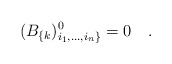
\begin{align*}(B_{\{k})^0_{i_1,...,i_n\}}=0~~~.\end{align*}